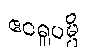
ဧဝရူပမ္ပိ